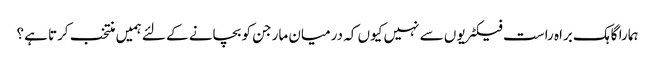
ہمارا گاہک براہ راست فیکٹریوں سے نہیں کیوں کہ درمیان مارجن کو بچانے کے لئے ہمیں منتخب کرتا ہے؟